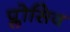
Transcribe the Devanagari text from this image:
प्लोसिव